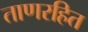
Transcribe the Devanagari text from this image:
ताणरहित